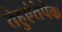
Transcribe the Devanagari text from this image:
तेहुएंतेपेक